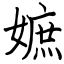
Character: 嫬